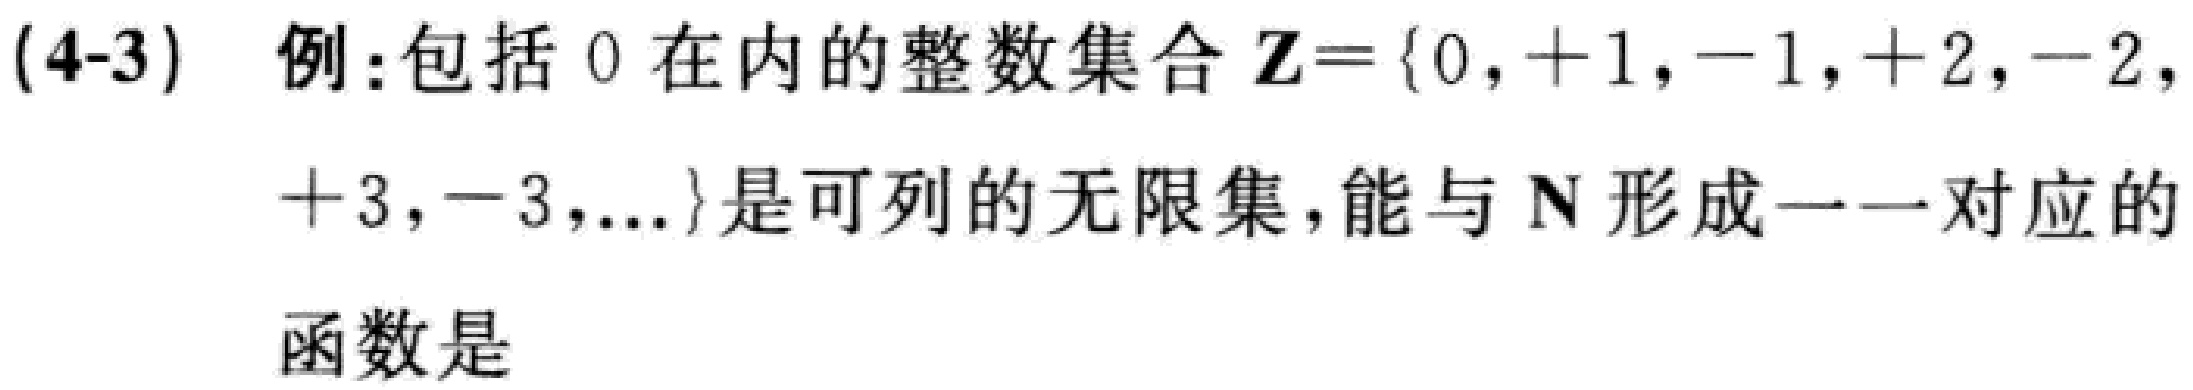
(4-3) 例:包括 \(0\) 在内的整数集合 \(\mathbf{Z}=\{0,+1, - 1,+2,-2,\\+3,-3,\ldots\}\) 是可列的无限集，能与 \(\mathbf{N}\) 形成一一对应的\\函数是